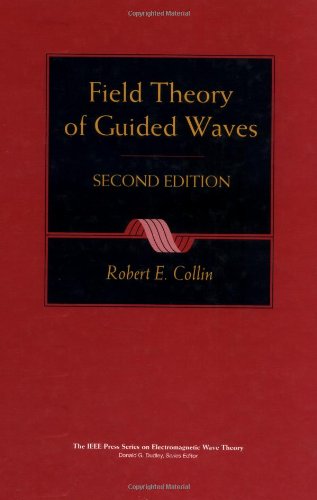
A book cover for Field Theory of Guided Waves; Robert E. Collin; Science & Math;